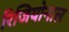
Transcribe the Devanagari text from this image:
रिजियोनाल